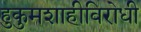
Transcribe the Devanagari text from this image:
हुकुमशाहीविरोधी